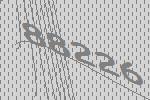
88226